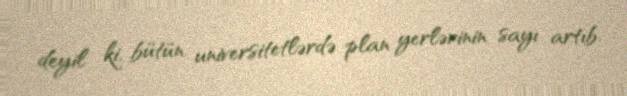
deyil ki, bütün universitetlərdə plan yerlərinin sayı artıb.